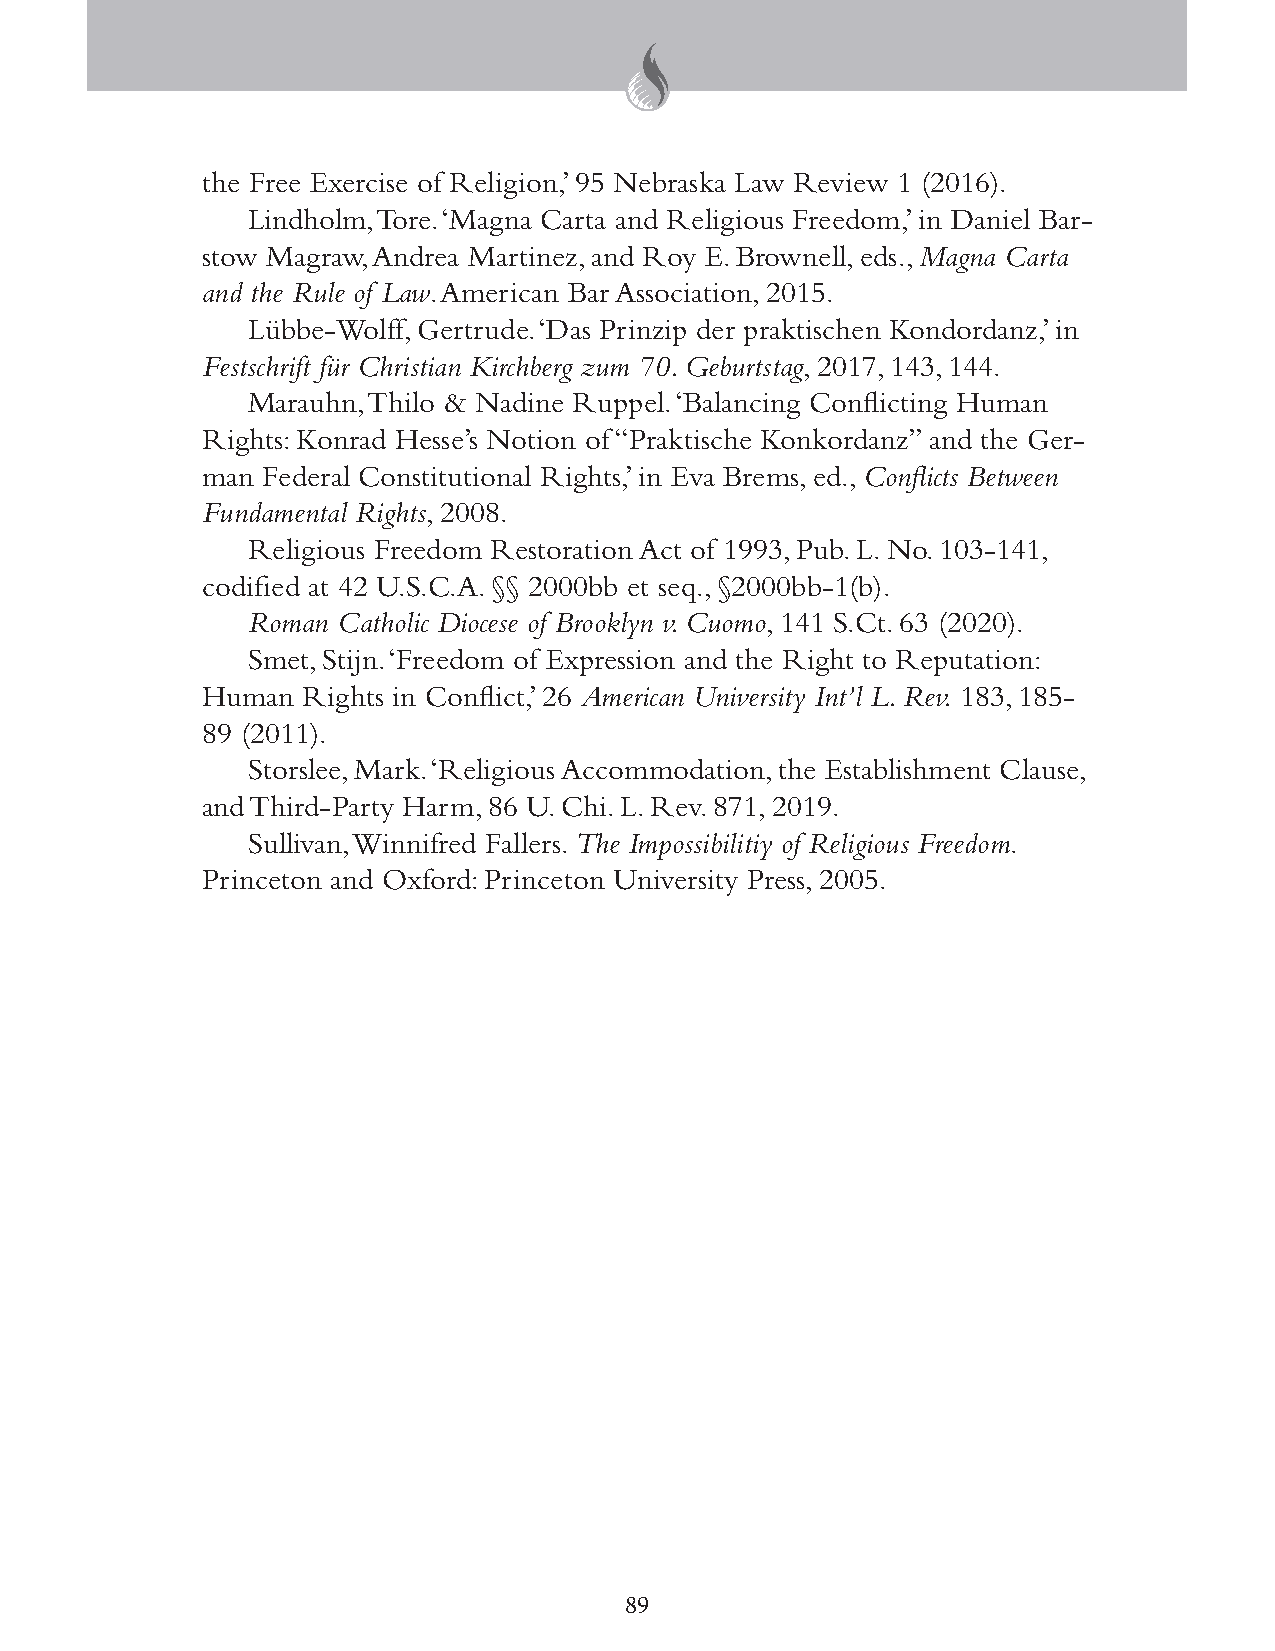
the Free Exercise of Religion,’ 95 Nebraska Law Review 1 (2016).
 Lindholm, Tore. ‘Magna Carta and Religious Freedom,’ in Daniel Bar-
 stow Magraw, Andrea Martinez, and Roy E. Brownell, eds., Magna Carta
 and the Rule of Law. American Bar Association, 2015.
 Lübbe-Wolff, Gertrude. ‘Das Prinzip der praktischen Kondordanz,’ in
 Festschrift für Christian Kirchberg zum 70. Geburtstag, 2017, 143, 144.
 Marauhn, Thilo & Nadine Ruppel. ‘Balancing Conflicting Human
 Rights: Konrad Hesse’s Notion of “Praktische Konkordanz” and the Ger-
 man Federal Constitutional Rights,’ in Eva Brems, ed., Conflicts Between
 Fundamental Rights, 2008.
 Religious Freedom Restoration Act of 1993, Pub. L. No. 103-141,
 codified at 42 U.S.C.A. §§ 2000bb et seq., §2000bb-1(b).
 Roman Catholic Diocese of Brooklyn v. Cuomo, 141 S.Ct. 63 (2020).
 Smet, Stijn. ‘Freedom of Expression and the Right to Reputation:
 Human  Rights in Conflict,’ 26 American University Int’l L. Rev. 183, 185-
 89 (2011).
 Storslee, Mark. ‘Religious Accommodation, the Establishment Clause,
 and Third-Party Harm, 86 U. Chi. L. Rev. 871, 2019.
 Sullivan, Winnifred Fallers. The Impossibilitiy of Religious Freedom.
 Princeton and Oxford: Princeton University Press, 2005.
 89